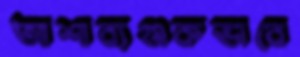
আশাব্যঞ্জকভাবে